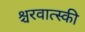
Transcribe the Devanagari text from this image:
श्चरवात्स्की